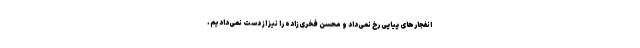
انفجارهای پیاپی رخ نمی‌داد و محسن فخری‌زاده را نیز از دست نمی‌دادیم.